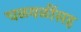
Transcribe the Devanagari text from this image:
चळवळींसह